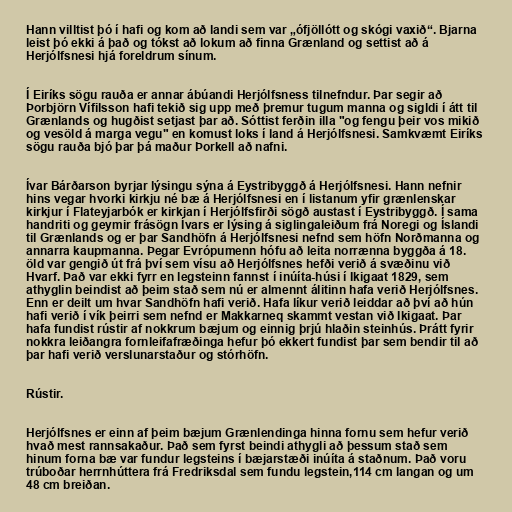
Hann villtist þó í hafi og kom að landi sem var „ófjöllótt og skógi vaxið“. Bjarna
leist þó ekki á það og tókst að lokum að finna Grænland og settist að á
Herjólfsnesi hjá foreldrum sínum.

Í Eiríks sögu rauða er annar ábúandi Herjólfsness tilnefndur. Þar segir að
Þorbjörn Vífilsson hafi tekið sig upp með þremur tugum manna og sigldi í átt til
Grænlands og hugðist setjast þar að. Sóttist ferðin illa "og fengu þeir vos mikið
og vesöld á marga vegu" en komust loks í land á Herjólfsnesi. Samkvæmt Eiríks
sögu rauða bjó þar þá maður Þorkell að nafni.

Ívar Bárðarson byrjar lýsingu sýna á Eystribyggð á Herjólfsnesi. Hann nefnir
hins vegar hvorki kirkju né bæ á Herjólfsnesi en í listanum yfir grænlenskar
kirkjur í Flateyjarbók er kirkjan í Herjólfsfirði sögð austast í Eystribyggð. Í sama
handriti og geymir frásögn Ívars er lýsing á siglingaleiðum frá Noregi og Íslandi
til Grænlands og er þar Sandhöfn á Herjólfsnesi nefnd sem höfn Norðmanna og
annarra kaupmanna. Þegar Evrópumenn hófu að leita norrænna byggða á 18.
öld var gengið út frá því sem vísu að Herjólfsnes hefði verið á svæðinu við
Hvarf. Það var ekki fyrr en legsteinn fannst í inúíta-húsi í Ikigaat 1829, sem
athyglin beindist að þeim stað sem nú er almennt álitinn hafa verið Herjólfsnes.
Enn er deilt um hvar Sandhöfn hafi verið. Hafa líkur verið leiddar að því að hún
hafi verið í vík þeirri sem nefnd er Makkarneq skammt vestan við Ikigaat. Þar
hafa fundist rústir af nokkrum bæjum og einnig þrjú hlaðin steinhús. Þrátt fyrir
nokkra leiðangra fornleifafræðinga hefur þó ekkert fundist þar sem bendir til að
þar hafi verið verslunarstaður og stórhöfn.

Rústir.

Herjólfsnes er einn af þeim bæjum Grænlendinga hinna fornu sem hefur verið
hvað mest rannsakaður. Það sem fyrst beindi athygli að þessum stað sem
hinum forna bæ var fundur legsteins í bæjarstæði inúíta á staðnum. Það voru
trúboðar herrnhúttera frá Fredriksdal sem fundu legstein,114 cm langan og um
48 cm breiðan.